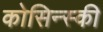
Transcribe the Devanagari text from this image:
कोसिन्स्की